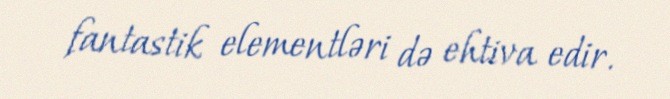
fantastik elementləri də ehtiva edir.